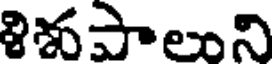
ళిశపాలుని